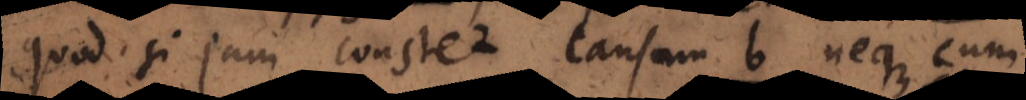
Quod si jam constet causam b neque cum